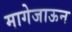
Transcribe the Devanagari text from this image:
मागेजाऊन